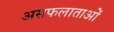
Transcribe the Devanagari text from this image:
असफलाताओं